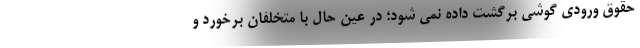
حقوق ورودی گوشی برگشت داده نمی شود؛ در عین حال با متخلفان برخورد و